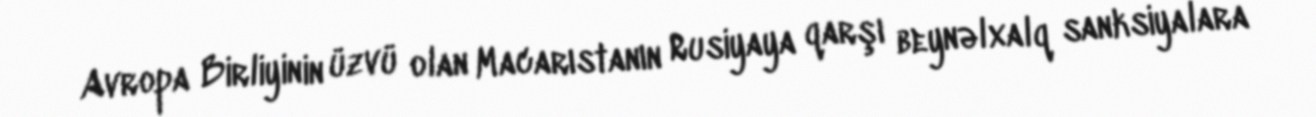
Avropa Birliyinin üzvü olan Macarıstanın Rusiyaya qarşı beynəlxalq sanksiyalara